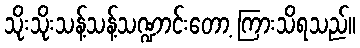
သိုးသိုးသန့်သန့်သဏ္ဍာင်းတော့ ကြားသိရသည်။